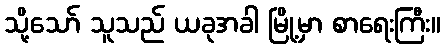
သို့သော် သူသည် ယခုအခါ မြို့မှာ စာရေးကြီး။